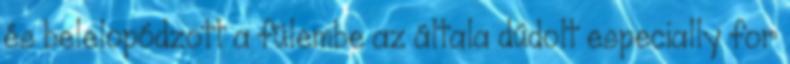
és belelopódzott a fülembe az általa dúdolt especially for